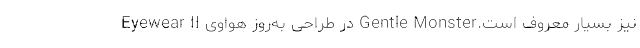
نیز بسیار معروف است.Gentle Monster در طراحی به‌روز هواوی Eyewear II